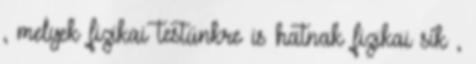
, melyek fizikai testünkre is hatnak fizikai sík ,